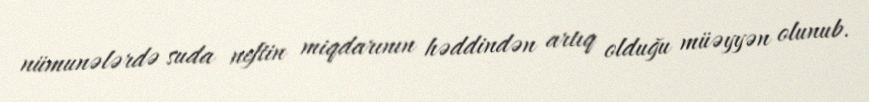
nümunələrdə suda neftin miqdarının həddindən artıq olduğu müəyyən olunub.